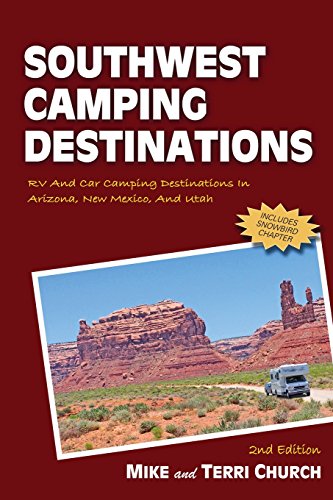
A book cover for Southwest Camping Destinations: RV and Car Camping Destinations in Arizona, New Mexico, and Utah (Camping Destinations series); Mike Church; Sports & Outdoors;